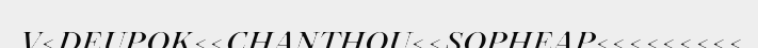
V<DEUPOK<<CHANTHOU<<SOPHEAP<<<<<<<<<